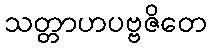
သတ္တာဟပဗ္ဗဇိတေ